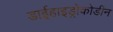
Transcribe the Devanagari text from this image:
डाईहाइड्रोकोडीन